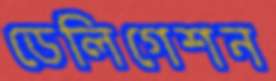
ডেলিগেশন